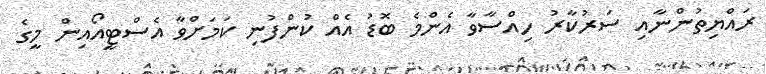
ރައްޔިތުންނާއި ސަރުކާރު ހިއްސާވާ އެންމެ ބޮޑު އެއް ކުންފުނި ކަމަށްވާ އެސްޓީއޯއިން މީގެ